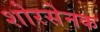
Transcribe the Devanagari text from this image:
शोरसेनक